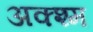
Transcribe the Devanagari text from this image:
अक्श्म